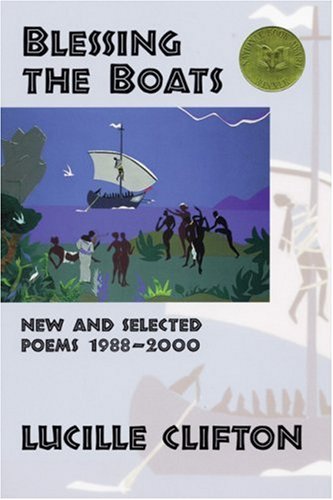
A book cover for Blessing the Boats: New and Selected Poems 1988-2000 (American Poets Continuum); Lucille Clifton; Literature & Fiction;